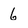
Character: 6